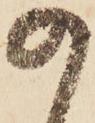
の